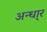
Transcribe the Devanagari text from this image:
अन्धा्र